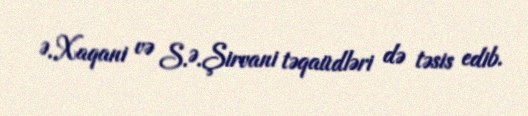
Ə.Xaqani və S.Ə.Şirvani təqaüdləri də təsis edib.